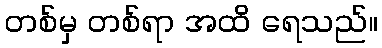
တစ်မှ တစ်ရာ အထိ ရေသည်။